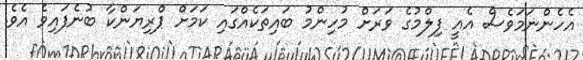
އެހެންނަމަވެސް އެއީ ފިލްމުގެ ވަރަށް މުހިންމު ބައިތަކެއްގައި ކަމަށް ޕްރިޔަންކާ ބުނެފައިވެ އެވެ.